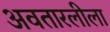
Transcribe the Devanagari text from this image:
अवतारलीला